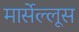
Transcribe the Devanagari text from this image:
मार्सेल्लूस